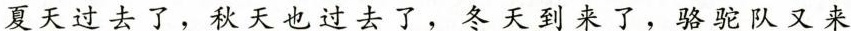
夏天过去了，秋天也过去了，冬天到来了，骆驼队又来